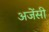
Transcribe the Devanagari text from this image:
अजेंसी